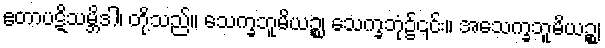
ဧတာပဋိသမ္ဘိဒါ၊ တို့သည်။ သေက္ခဘူမိယဉ္စ၊ သေက္ခဘုံ၌၎င်း။ အသေက္ခဘူမိယဉ္စ၊